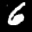
Label: 6